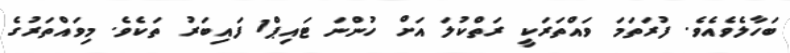
ބަހާލެވެއެވެ. ފުރަތަމަ ވައްތަރަކީ ރަތްކުލަ އަށް ހުންނަ ޓައިޕް1 ފައިބަރު ތަކެވެ. މިވައްތަރުގެ